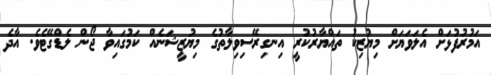
އަމުރުފުޅަށް އެލަވަޔަށް މިޔުޒިކު ތައްޔާރުކުރީ އިނގިރޭސިވިލާތުގެ މިޔުޒީޝަނެއް ކަމުގައިވާ ޖޯން ލެޑްގޭޓެވެ. އާދެ